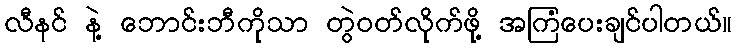
လီနင် နဲ့ ဘောင်းဘီကိုသာ တွဲဝတ်လိုက်ဖို့ အကြံပေးချင်ပါတယ်။